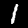
Label: 1